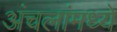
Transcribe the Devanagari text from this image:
अंचलांमध्ये